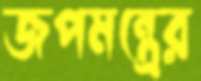
জপমন্ত্রের